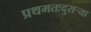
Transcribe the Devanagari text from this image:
प्रथमतःदुसऱ्या